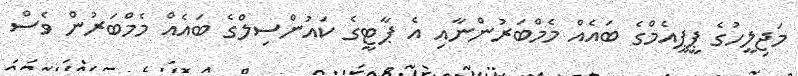
މަޖިލީހުގެ ޕީޕީއެމްގެ ބައެއް މެމްބަރުންނާއި އެ ޕާޓީގެ ކައުންސިލްގެ ބައެއް މެމްބަރުން ވެސް